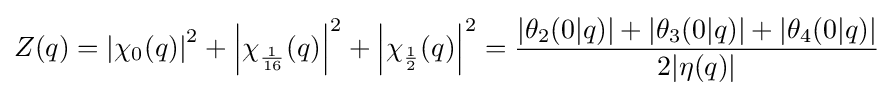
Z(q)=\left|\chi _{0}(q)\right|^{2}+\left|\chi _{\frac {1}{16}}(q)\right|^{2}+\left|\chi _{\frac {1}{2}}(q)\right|^{2}={\frac {|\theta _{2}(0|q)|+|\theta _{3}(0|q)|+|\theta _{4}(0|q)|}{2|\eta (q)|}}